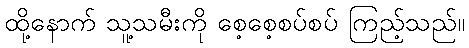
ထို့နောက် သူ့သမီးကို စေ့စေ့စပ်စပ် ကြည့်သည်။